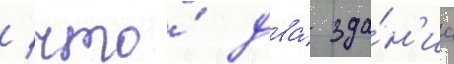
/ что́ два́ зда́н'иа